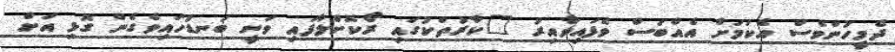
ދެމީހުންވެސް އެކަމަށް އެއްބަސް ވެފައިވާއިރު "ކާރުތަކުގައި ރޯކޮށްލާފައި ވަނީ ބަނޑުހައިވެގެން ގޮޅި އަށް